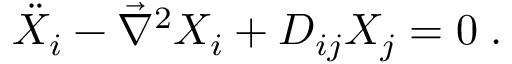
\ddot { X } _ { i } - \vec { \nabla } ^ { 2 } X _ { i } + { \cal D } _ { i j } X _ { j } = 0 \; .